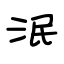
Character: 泯